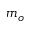
m _ { o }